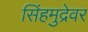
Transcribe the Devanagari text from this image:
सिंहमुद्रेवर